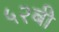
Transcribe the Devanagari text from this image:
५२बी